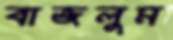
বাজলুম